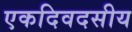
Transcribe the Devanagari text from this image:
एकदिवदसीय